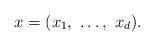
LaTeX: \begin{align*}x = (x_1, \ \ldots, \ x_d).\end{align*}